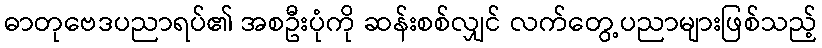
ဓာတုဗေဒပညာရပ်၏ အစဦးပုံကို ဆန်းစစ်လျှင် လက်တွေ့ပညာများဖြစ်သည့်